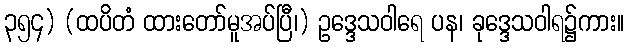
၃၅၄) (ထပိတံ ထားတော်မူအပ်ပြီ၊) ဥဒ္ဒေသဝါရေ ပန၊ ခုဒ္ဒေသဝါရ၌ကား။